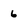
Character: 6